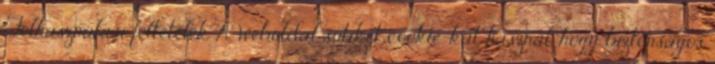
Felhasználási feltételek A weboldal sütiket cookie-kat használ, hogy biztonságos